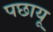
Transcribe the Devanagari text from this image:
पछायू